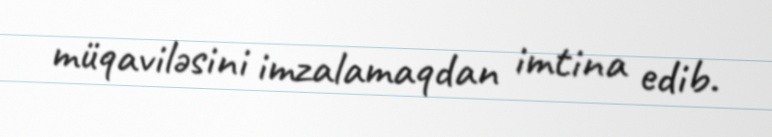
müqaviləsini imzalamaqdan imtina edib.